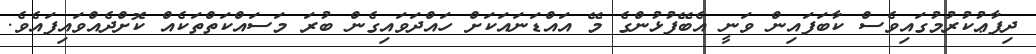
ދިފާޢުކުރުމުގައިވެސް ކާބަފައިން ވަނީ އެބޭފުޅުންގެ މޭ އައްޑަނައަކަށް ހައްދަވައިގެން ބުރަ މަސައްކަތްތަކެއް ކޮށްދެއްވައިފައެވެ.